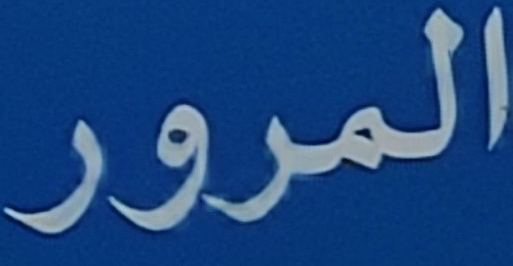
المرور